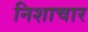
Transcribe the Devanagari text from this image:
निशाचार